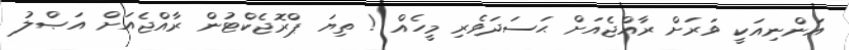
އަންނިއަކީ ވަރަށް ރާއްޖެއަށް ޙަސަދަވެރި މީހެއް ! ތިޔަ ޕްރޮޖެކްޓުން ރާއްޖެއަށް އަޞްލު